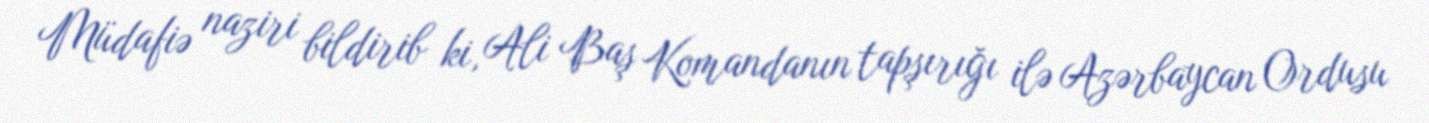
Müdafiə naziri bildirib ki, Ali Baş Komandanın tapşırığı ilə Azərbaycan Ordusu